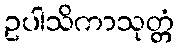
ဥပါသိကာသုတ္တံ